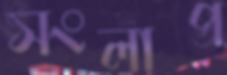
সংলাপ